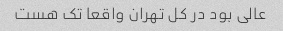
عالی بود در کل تهران واقعا تک هست